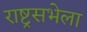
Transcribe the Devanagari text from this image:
राष्ट्रसभेला